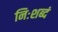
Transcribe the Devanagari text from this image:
निःशब्दं